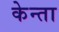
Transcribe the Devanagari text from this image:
केन्ता